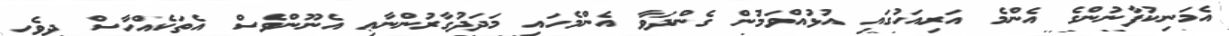
އެމަނިކުފާނުންގެ އެންމެ އަރިއަހުގައި އުޅުއްވަމުން ގެންދަވާ އެންމެހައި މަދަދުގާރުންނާޢި އެނޫންވެސް އެތަކެއްހާސް ދިވެހި